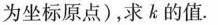
为坐标原点)，求的值.